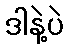
ဒါနဲ့ပဲ